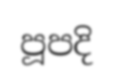
පූපදි